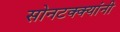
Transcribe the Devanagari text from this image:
सोनटक्क्यांनी